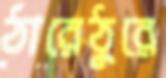
ঠারেঠুরে